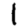
Digit: 1